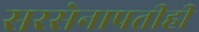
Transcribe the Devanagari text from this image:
सरसेनापतीही